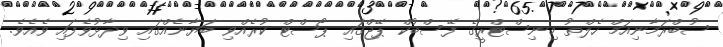
ސުބްރަމާނިއަމް ހެލްތު މިނިސްޓްރީގެ ފޭސްބުކް ޕޭޖްގައި ޕޯސްޓް ކުރެއްވި ބަޔާނެއްގައި ވިދާޅުވެފައި ވެއެވެ.